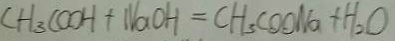
C H _ { 3 } C O O H + N a O H = C H _ { 3 } C O O N a + H _ { 2 } O